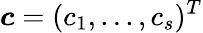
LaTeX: \boldsymbol{c}=(c_{1},...,c_{s})^{T}